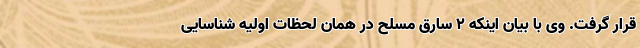
قرار گرفت. وی با بیان اینکه ۲ سارق مسلح در همان لحظات اولیه شناسایی